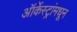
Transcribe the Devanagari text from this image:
ऑर्केस्ट्रांमधून